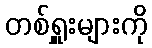
တစ်ရှူးများကို